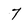
Character: 7